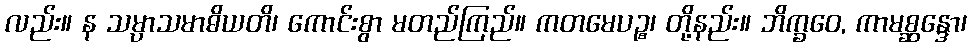
လည်း။ န သမ္ပာသမာဓိယတိ၊ ကောင်းစွာ မတည်ကြည်။ ကတမေပဉ္စ၊ တို့နည်း။ ဘိက္ခဝေ, ကာမစ္ဆန္ဒော၊